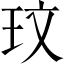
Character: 玟